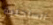
الساحلية